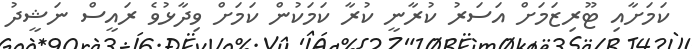
ކަމަށާއި ޓޫރިޒަމަށް އަސަރު ކުރާނީ ކުރާ ކަމަކުން ކަމަށް ވިދާޅުވެ ރައީސް ނަޝީދު